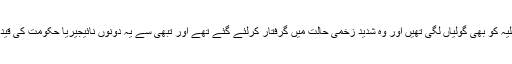
خود شیخ زکزکی اور انکی اہلیہ کو بھی گولیاں لگی تھیں اور وہ شدید زخمی حالت میں گرفتار کرلئے گئے تھے اور تبھی سے یہ دونوں نائیجیریا حکومت کی قید میں زندگی بسر کر ہے ہیں۔